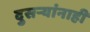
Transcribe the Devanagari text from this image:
दुसर्‍यांनाही